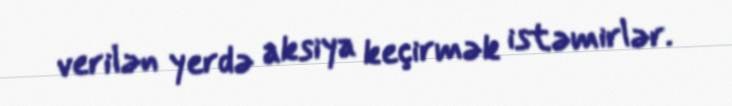
verilən yerdə aksiya keçirmək istəmirlər.